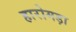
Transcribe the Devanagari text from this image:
हारोमड़ा